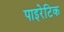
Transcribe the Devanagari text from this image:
पाइरेटिक